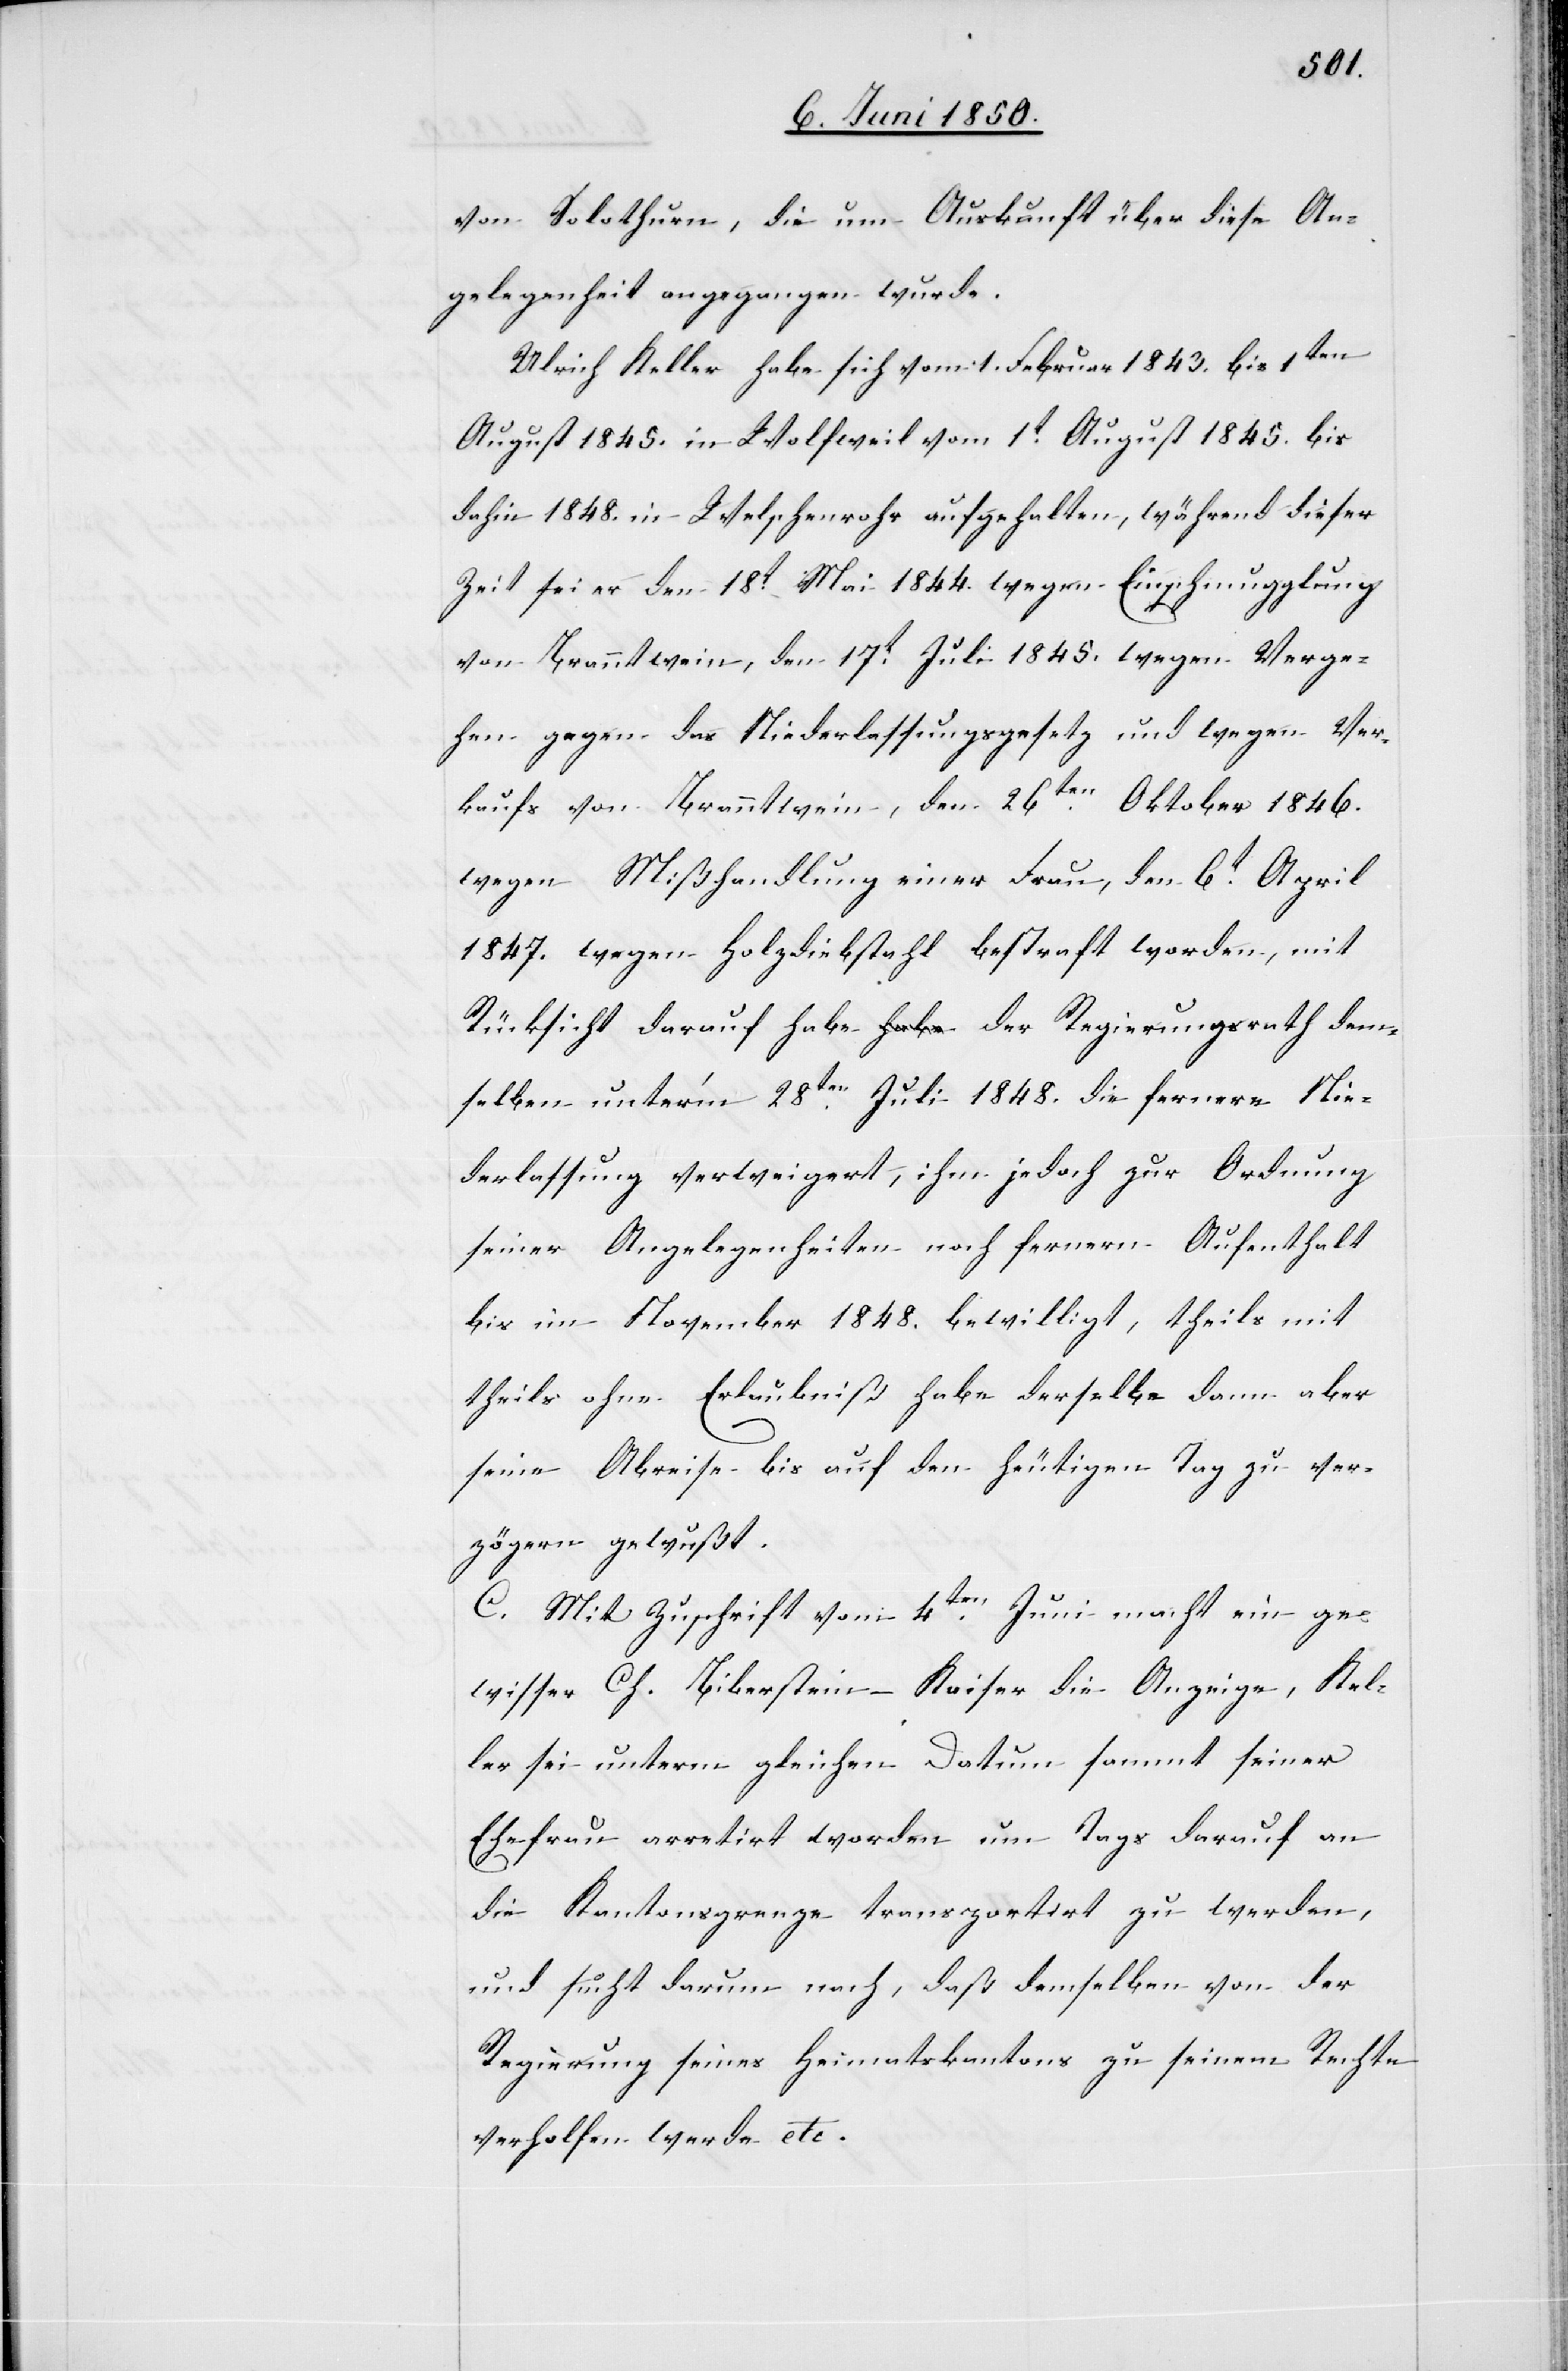
von Solothurn, die um Auskunft über diese An¬
gelegenheit angegangen wurde.
Ulrich Keller habe sich vom 1. Februar 1843. bis 1ten
August 1845. in Wolfweil vom 1t August 1845. bis
dahin 1848. in Welschenrohr aufgehalten, während dieser
Zeit sei er den 18t Mai 1844. wegen Einschmugglung
von Branntwein, den 17t Juli 1845. wegen Verge¬
hen gegen das Niederlassungsgesetz und wegen Ver¬
kaufs von Branntwein, den 26ten Oktober 1846.
wegen Mißhandlung einer Frau, den 6t April
1847. wegen Holzdiebstahl bestraft worden, mit
Rücksicht darauf habe der Regierungsrath den¬
selben unter’m 28ten Juli 1848. die fernere Nie¬
derlassung verweigert, ihm jedoch zur Ordnung
seiner Angelegenheiten noch fernern Aufenthalt
bis im November 1848. bewilligt, theils mit
theils ohne Erlaubniß habe derselbe dann aber
seine Abreise bis auf den heutigen Tag zu ver¬
zögern gewußt.
C. Mit Zuschrift vom 4ten Juni macht ein ge¬
wisser Ch. Biberstein-Kaiser die Anzeige, Kel¬
ler sei unterm gleichen Datum sammt seiner
Ehefrau arretirt worden um Tags darauf an
die Kantonsgrenze transportirt zu werden,
und sucht darum nach, daß demselben von der
Regierung seines Heimatskantons zu seinem Rechte
verholfen werde etc.